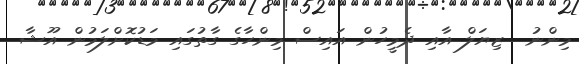
މިންނު  ޒިޔަލް އާއި ދެމީހުން އައިސް މިންހާގެ ގާތުގައި މަޑުކޮށްލަމުން އޫޝާ